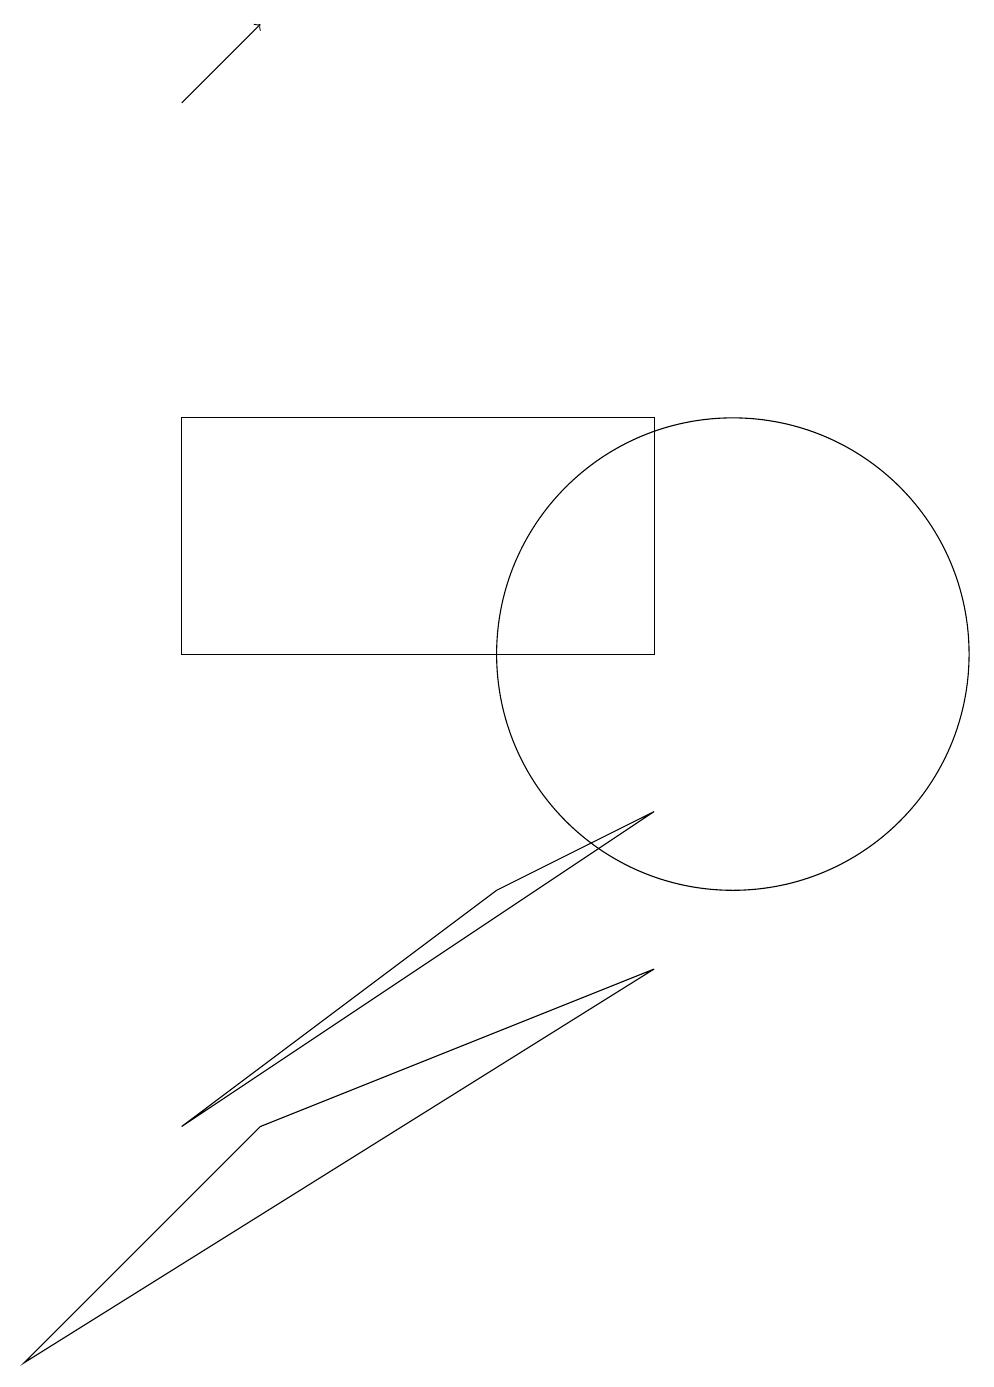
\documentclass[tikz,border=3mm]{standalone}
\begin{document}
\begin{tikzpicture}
\draw (3,4) -- (7,7) -- (9,8) -- cycle;
\draw (10,10) circle (3);
\draw[->] (3,17) -- (4,18);
\draw (1,1) -- (4,4) -- (9,6) -- cycle;
\draw (9,13) rectangle (3,10);
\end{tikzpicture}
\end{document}